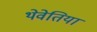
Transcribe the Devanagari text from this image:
थेवेतिया